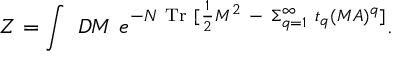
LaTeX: Z = \int ~ { \cal D } M ~ e ^ { - N \ \mathrm { T r } ~ [ { \frac { 1 } { 2 } } M ^ { 2 } ~ - { } ~ \Sigma _ { q = 1 } ^ { \infty } ~ t _ { q } ( M A ) ^ { q } ] } .